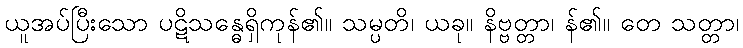
ယူအပ်ပြီးသော ပဋိသန္ဓေရှိကုန်၏။ သမ္ပတိ၊ ယခု။ နိဗ္ဗတ္တာ၊ န်၏။ တေ သတ္တာ၊